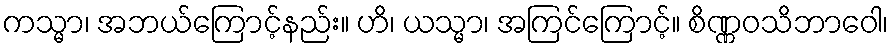
ကသ္မာ၊ အဘယ်ကြောင့်နည်း။ ဟိ၊ ယသ္မာ၊ အကြင်ကြောင့်။ စိဏ္ဏဝသိဘာဝေါ၊